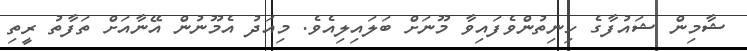
ޝާމިން ޝައުފާގެ ހިނިތުންވެފައިވާ މޫނަށް ބަލައިލިއެވެ. މިއަދު އެމޫނުން އޭނާއަށް ތަފާތު ރީތި